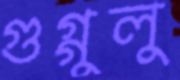
গুগ্‌গুলু